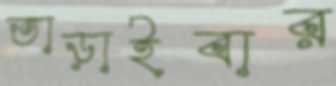
তাড়াইবার